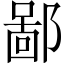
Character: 鄙